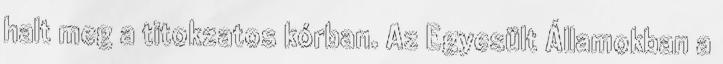
halt meg a titokzatos kórban. Az Egyesült Államokban a